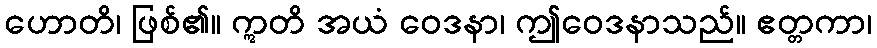
ဟောတိ၊ ဖြစ်၏။ ဣတိ အယံ ဝေဒနာ၊ ဤဝေဒနာသည်။ ဧတ္တကာ၊